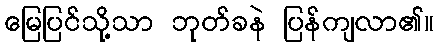
မြေပြင်သို့သာ ဘုတ်ခနဲ ပြန်ကျလာ၏။